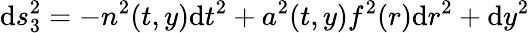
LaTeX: \mathrm{d}s_{3}^{2}=-n^{2}(t,y)\mathrm{d}t^{2}+a^{2}(t,y)f^{2}(r)\mathrm{d}r^{2}+\mathrm{d}y^{2}